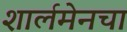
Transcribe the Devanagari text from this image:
शार्लमेनचा